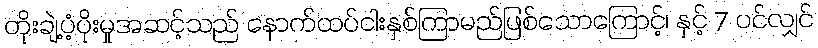
တိုးချဲ့ပံ့ပိုးမှုအဆင့်သည် နောက်ထပ်ငါးနှစ်ကြာမည်ဖြစ်သောကြောင့်၊ နှင့် 7 ပင်လျှင်